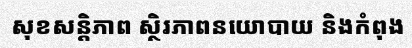
សុខសន្តិភាព ស្ថិរភាពនយោបាយ និងកំពុង